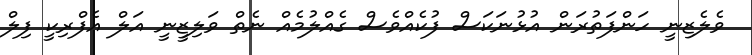
ވެލެޒިނީ ހަންފަތުރަން އުޅުނަކަސް ފުކެއްވެސް ގެއްލުމެއް ނެތް ވަލިޒީނީ އަލް އެފްރިކީ ފިލް